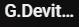
G.Devit...